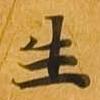
生